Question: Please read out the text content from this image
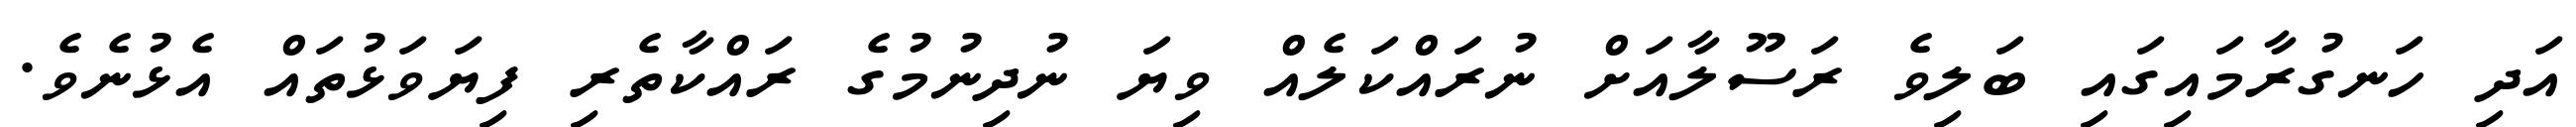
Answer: އަދި ހަނގުރާމައިގައި ބަލިވެ ރަސޫލާއަށް ނުރައްކަލެއް ވިޔަ ނުދިނުމުގެ ރައްކާތެރި ފިޔަވަޅުތައް އެޅުނެވެ.